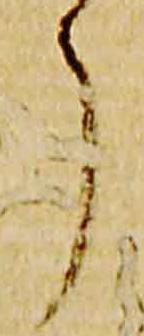
了